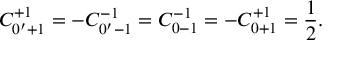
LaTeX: C _ { 0 ^ { \prime } + 1 } ^ { + 1 } = - C _ { 0 ^ { \prime } - 1 } ^ { - 1 } = C _ { 0 - 1 } ^ { - 1 } = - C _ { 0 + 1 } ^ { + 1 } = \frac { 1 } { 2 } .